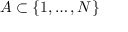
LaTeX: A \subset \{ 1 , \dots , N \}